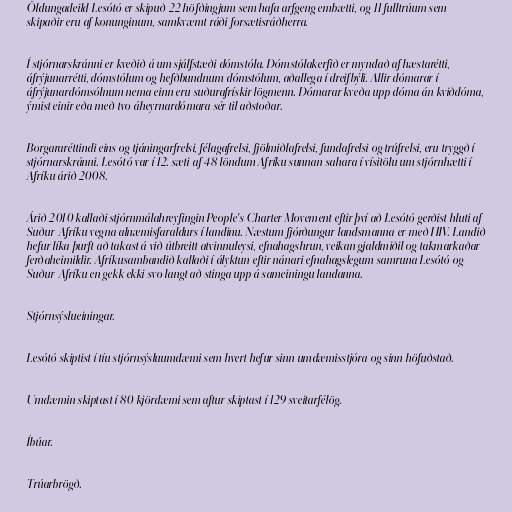
Öldungadeild Lesótó er skipuð 22 höfðingjum sem hafa arfgeng embætti, og 11 fulltrúum sem
skipaðir eru af konunginum, samkvæmt ráði forsætisráðherra.

Í stjórnarskránni er kveðið á um sjálfstæði dómstóla. Dómstólakerfið er myndað af hæstarétti,
áfrýjunarrétti, dómstólum og hefðbundnum dómstólum, aðallega í dreifbýli. Allir dómarar í
áfrýjunardómsólnum nema einn eru suðurafrískir lögmenn. Dómarar kveða upp dóma án kviðdóma,
ýmist einir eða með tvo áheyrnardómara sér til aðstoðar.

Borgararéttindi eins og tjáningarfrelsi, félagafrelsi, fjölmiðlafrelsi, fundafrelsi og trúfrelsi, eru tryggð í
stjórnarskránni. Lesótó var í 12. sæti af 48 löndum Afríku sunnan sahara í vísitölu um stjórnhætti í
Afríku árið 2008.

Árið 2010 kallaði stjórnmálahreyfingin People's Charter Movement eftir því að Lesótó gerðist hluti af
Suður-Afríku vegna alnæmisfaraldurs í landinu. Næstum fjórðungur landsmanna er með HIV. Landið
hefur líka þurft að takast á við útbreitt atvinnuleysi, efnahagshrun, veikan gjaldmiðil og takmarkaðar
ferðaheimildir. Afríkusambandið kallaði í ályktun eftir nánari efnahagslegum samruna Lesótó og
Suður-Afríku en gekk ekki svo langt að stinga upp á sameiningu landanna.

Stjórnsýslueiningar.

Lesótó skiptist í tíu stjórnsýsluumdæmi sem hvert hefur sinn umdæmisstjóra og sinn höfuðstað.

Umdæmin skiptast í 80 kjördæmi sem aftur skiptast í 129 sveitarfélög.

Íbúar.

Trúarbrögð.